Burma Government Medical School reports 1907-22
Year: 1907
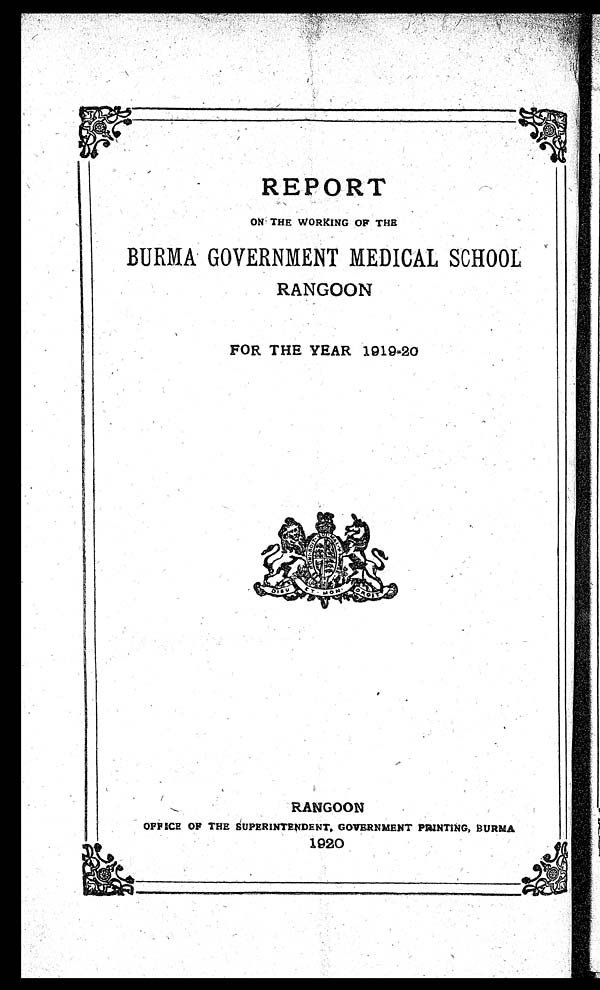
REPORT
ON THE WORKING OF THE
BURMA GOVERNMENT MEDICAL SCHOOL
RANGOON
FOR THE YEAR 1919-20
RANGOON
OFFICE OF THE SUPERINTENDENT, GOVERNMENT PRINTING, BURMA
1920